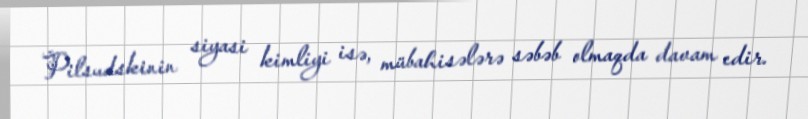
Pilsudskinin siyasi kimliyi isə, mübahisələrə səbəb olmaqda davam edir.